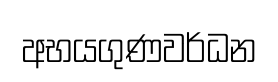
අභයගුණවර්ධන